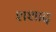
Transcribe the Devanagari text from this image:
शशाद